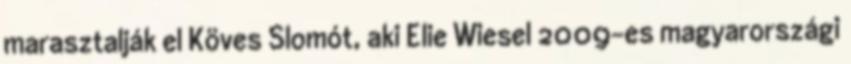
marasztalják el Köves Slomót, aki Elie Wiesel 2009-es magyarországi